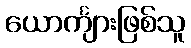
ယောင်္ကျားဖြစ်သူ